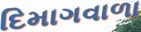
દિમાગવાળા